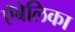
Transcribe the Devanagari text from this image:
एँबेलिका